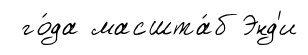
го́да масшта́б Энд'и